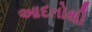
આદતોથી